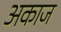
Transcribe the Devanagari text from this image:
अकाज